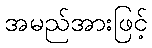
အမည်အားဖြင့်